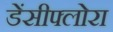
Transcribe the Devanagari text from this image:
डेंसीफ्लोरा